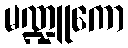
မဏ္ဍူကော